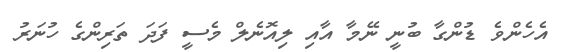
އެހެންވެ ޑުންގާ ބުނީ ނޭމާ އާއި ލިއޮނެލް މެސީ ފަދަ ތަރިންގެ ހުނަރު